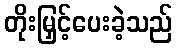
တိုးမြှင့်ပေးခဲ့သည်